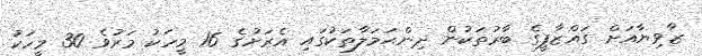
ޒާވިޔާއަށް ގައްޒާފީގެ ބާރުތަކުން ދިންޙަމަލާތަކުގައި އެރަށުގެ 16 މީހަކު މަރުވެ 30 މީހަކު